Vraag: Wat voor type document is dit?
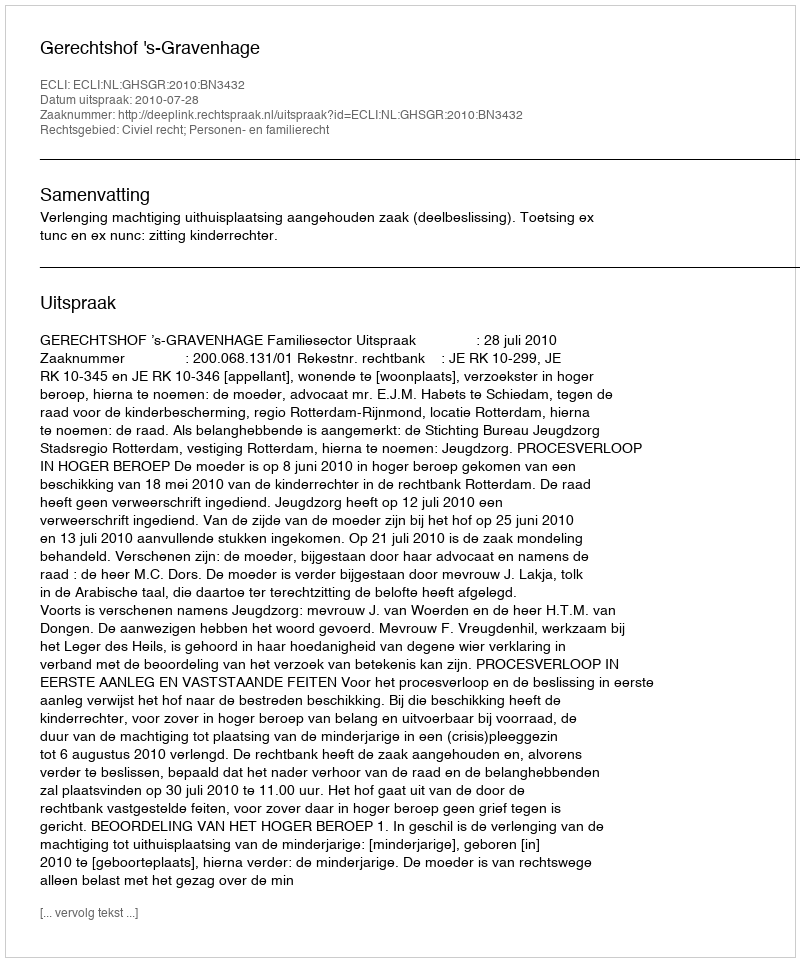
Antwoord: Uitspraak